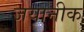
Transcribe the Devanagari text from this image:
जयानीक